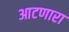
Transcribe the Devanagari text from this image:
आटणारा